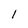
Character: 1